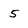
Character: 5